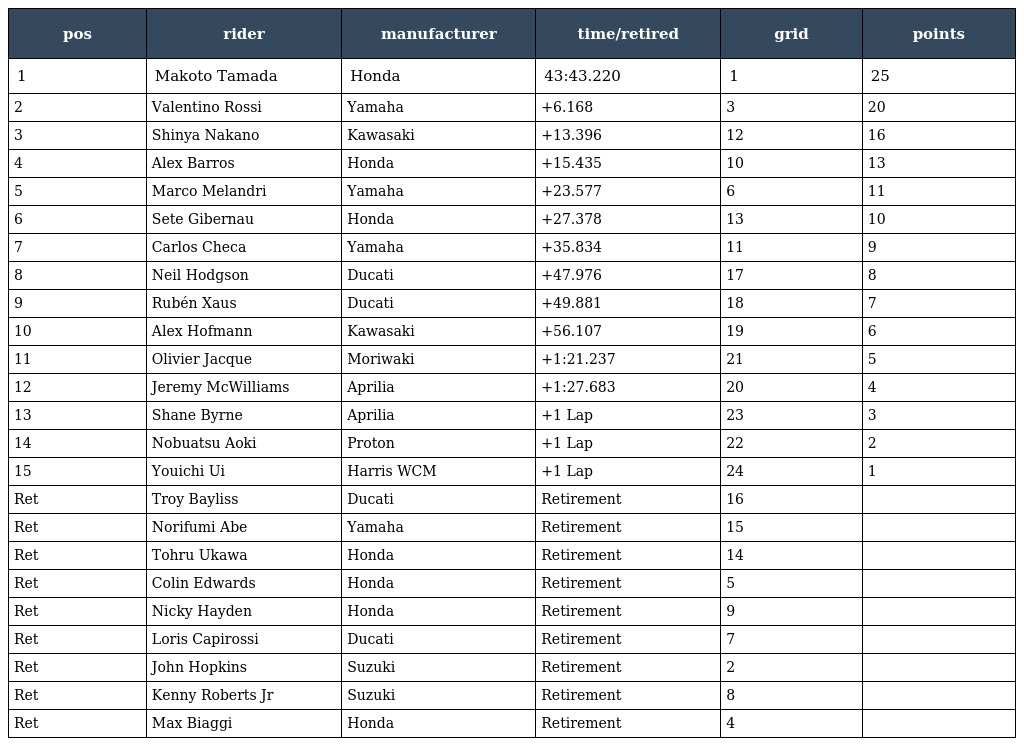
| pos | rider | manufacturer | time/retired | grid | points |
 | --- | --- | --- | --- | --- | --- |
 | 1 | Makoto Tamada | Honda | 43:43.220 | 1 | 25 |
 | 2 | Valentino Rossi | Yamaha | +6.168 | 3 | 20 |
 | 3 | Shinya Nakano | Kawasaki | +13.396 | 12 | 16 |
 | 4 | Alex Barros | Honda | +15.435 | 10 | 13 |
 | 5 | Marco Melandri | Yamaha | +23.577 | 6 | 11 |
 | 6 | Sete Gibernau | Honda | +27.378 | 13 | 10 |
 | 7 | Carlos Checa | Yamaha | +35.834 | 11 | 9 |
 | 8 | Neil Hodgson | Ducati | +47.976 | 17 | 8 |
 | 9 | Rubén Xaus | Ducati | +49.881 | 18 | 7 |
 | 10 | Alex Hofmann | Kawasaki | +56.107 | 19 | 6 |
 | 11 | Olivier Jacque | Moriwaki | +1:21.237 | 21 | 5 |
 | 12 | Jeremy McWilliams | Aprilia | +1:27.683 | 20 | 4 |
 | 13 | Shane Byrne | Aprilia | +1 Lap | 23 | 3 |
 | 14 | Nobuatsu Aoki | Proton | +1 Lap | 22 | 2 |
 | 15 | Youichi Ui | Harris WCM | +1 Lap | 24 | 1 |
 | Ret | Troy Bayliss | Ducati | Retirement | 16 |  |
 | Ret | Norifumi Abe | Yamaha | Retirement | 15 |  |
 | Ret | Tohru Ukawa | Honda | Retirement | 14 |  |
 | Ret | Colin Edwards | Honda | Retirement | 5 |  |
 | Ret | Nicky Hayden | Honda | Retirement | 9 |  |
 | Ret | Loris Capirossi | Ducati | Retirement | 7 |  |
 | Ret | John Hopkins | Suzuki | Retirement | 2 |  |
 | Ret | Kenny Roberts Jr | Suzuki | Retirement | 8 |  |
 | Ret | Max Biaggi | Honda | Retirement | 4 |  |